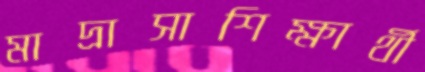
মাদ্রাসাশিক্ষার্থী